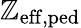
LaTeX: \mathbb{Z}_{\mathrm{{eff,ped}}}